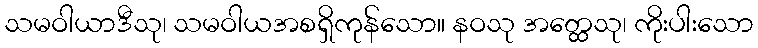
သမဝါယာဒီသု၊ သမဝါယအစရှိကုန်သော။ နဝသု အတ္ထေသု၊ ကိုးပါးသော